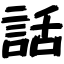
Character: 話